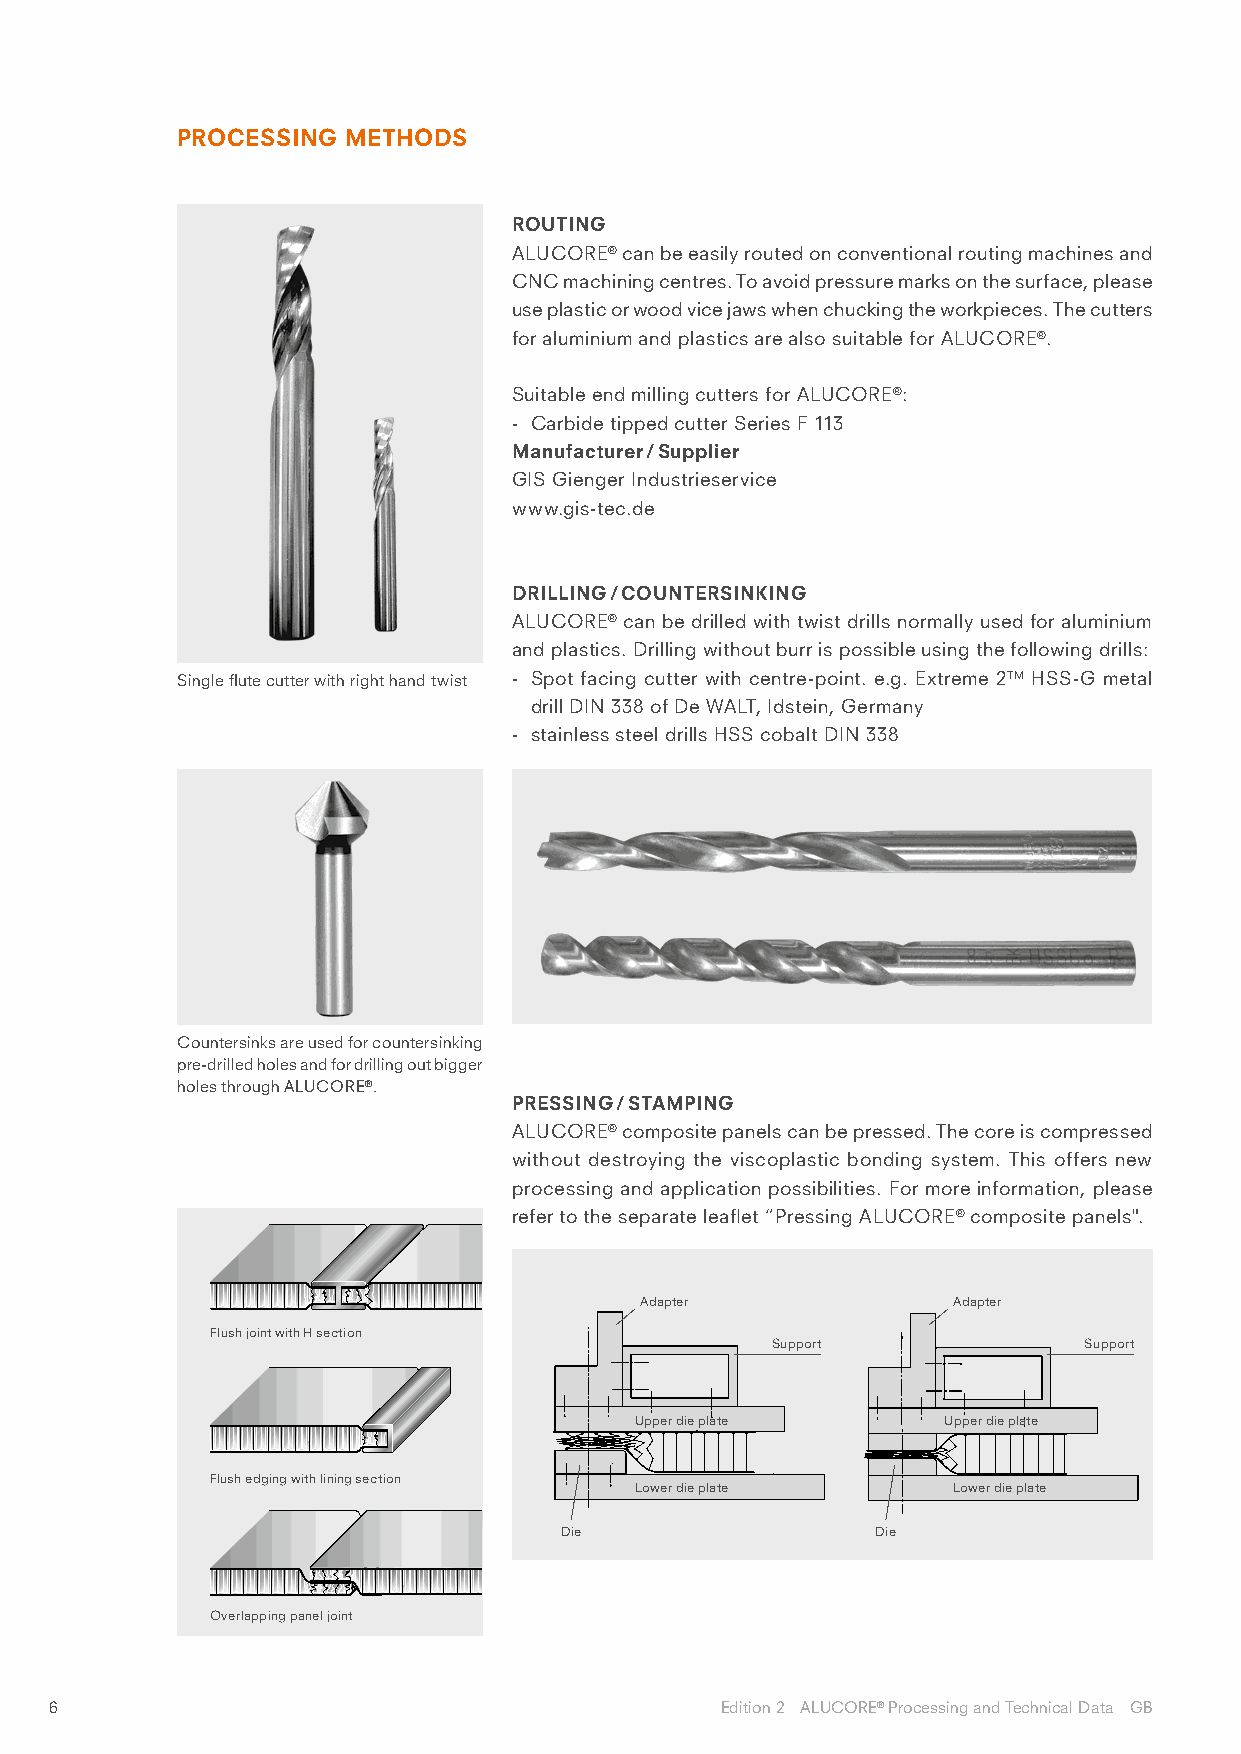
PROCESSING METHODS
 ROUTING
 ALUCORE® can be easily routed on conventional routing machines and
 CNC machining centres. To avoid pressure marks on the surface, please
 use plastic or wood vice jaws when chucking the workpieces. The cutters
 for aluminium and plastics are also suitable for ALUCORE®.
 Suitable end milling cutters for ALUCORE®:
 - Carbide tipped cutter Series F 113
 Manufacturer / Supplier
 GIS Gienger Industrieservice
 www.gis-tec.de
 DRILLING / COUNTERSINKING
 ALUCORE® can be drilled with twist drills normally used for aluminium
 and plastics. Drilling without burr is possible using the following drills:
 Single flute cutter with right hand twist - Spot facing cutter with centre-point. e.g. Extreme 2TM HSS-G metal
 drill DIN 338 of De WALT, Idstein, Germany
 - stainless steel drills HSS cobalt DIN 338
 Countersinks are used for countersinking
 pre-drilled holes and for drilling out bigger
 holes through ALUCORE®.
 PRESSING / STAMPING
 ALUCORE® composite panels can be pressed. The core is compressed
 without destroying the viscoplastic bonding system. This offers new
 processing and application possibilities. For more information, please
 refer to the separate leaflet “Pressing ALUCORE® composite panels".
 Adapter              Adapter
 Flush joint with H section
 Support              Support
 Upper die plate     Upper die plate
 Flush edging with lining section
 Lower die plate      Lower die plate
 Die                  Die
 Overlapping panel joint
 6                                            Edition 2 ALUCORE® Processing and Technical Data GB